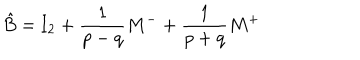
LaTeX: \hat { B } = \mathrm { I } _ { 2 } + { \frac { 1 } { p - q } } M ^ { - } + { \frac { 1 } { p + q } } M ^ { + }